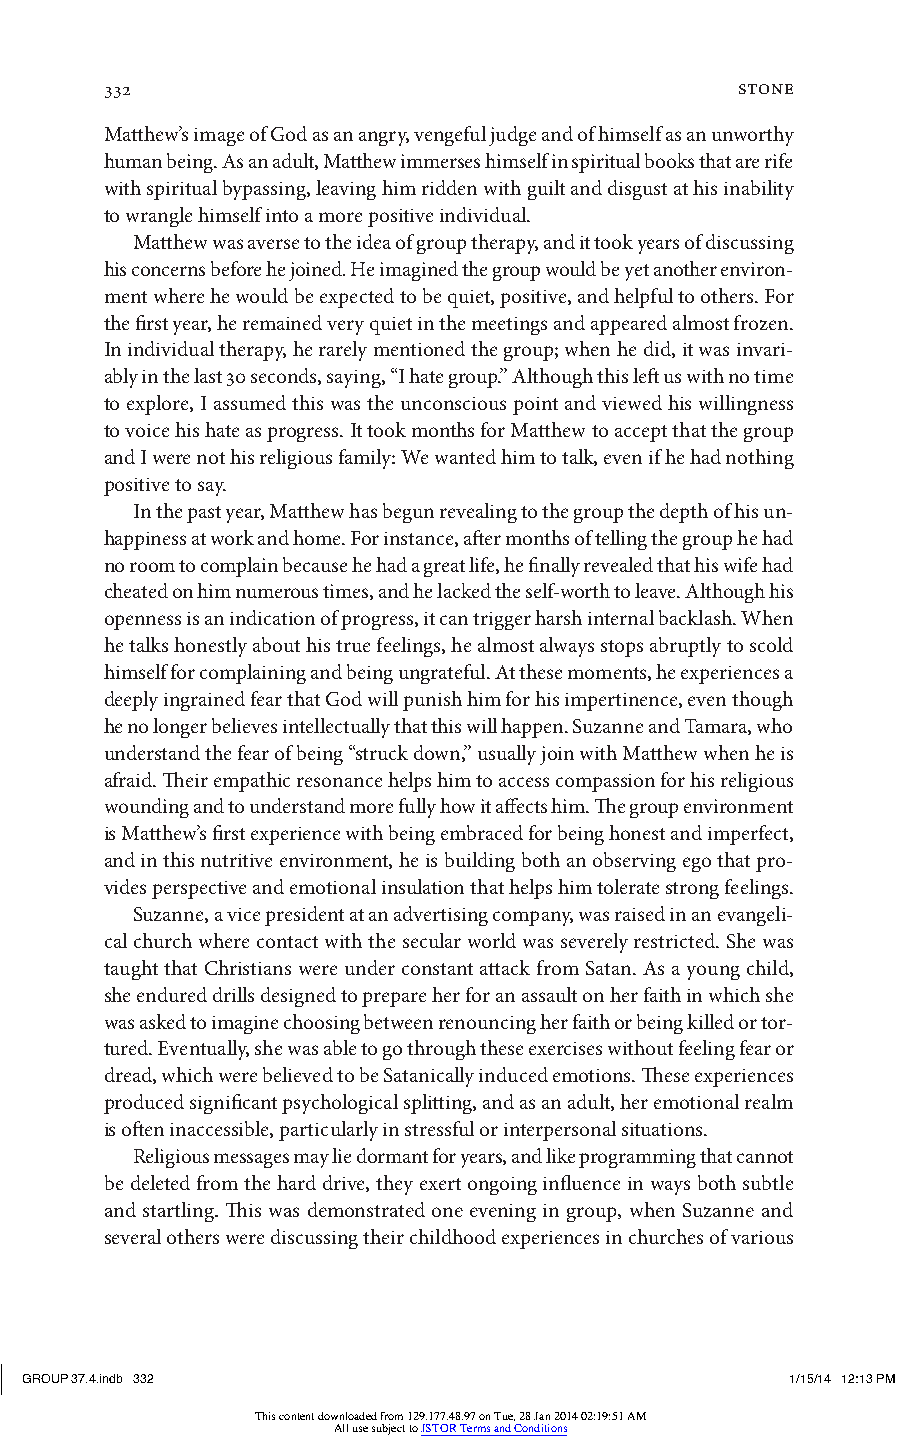
332                                       stone
 Matthew’s image of God as an angry, vengeful judge and of himself as an unworthy
 human being. As an adult, Matthew immerses himself in spiritual books that are rife
 with spiritual bypassing, leaving him ridden with guilt and disgust at his inability
 to wrangle himself into a more positive individual.
 Matthew was averse to the idea of group therapy, and it took years of discussing
 his concerns before he joined. He imagined the group would be yet another environ-
 ment where he would be expected to be quiet, positive, and helpful to others. For
 the first year, he remained very quiet in the meetings and appeared almost frozen.
 In individual therapy, he rarely mentioned the group; when he did, it was invari-
 ably in the last 30 seconds, saying, “I hate group.” Although this left us with no time
 to explore, I assumed this was the unconscious point and viewed his willingness
 to voice his hate as progress. It took months for Matthew to accept that the group
 and I were not his religious family: We wanted him to talk, even if he had nothing
 positive to say.
 In the past year, Matthew has begun revealing to the group the depth of his un-
 happiness at work and home. For instance, after months of telling the group he had
 no room to complain because he had a great life, he finally revealed that his wife had
 cheated on him numerous times, and he lacked the self-worth to leave. Although his
 openness is an indication of progress, it can trigger harsh internal backlash. When
 he talks honestly about his true feelings, he almost always stops abruptly to scold
 himself for complaining and being ungrateful. At these moments, he experiences a
 deeply ingrained fear that God will punish him for his impertinence, even though
 he no longer believes intellectually that this will happen. Suzanne and Tamara, who
 understand the fear of being “struck down,” usually join with Matthew when he is
 afraid. Their empathic resonance helps him to access compassion for his religious
 wounding and to understand more fully how it affects him. The group environment
 is Matthew’s first experience with being embraced for being honest and imperfect,
 and in this nutritive environment, he is building both an observing ego that pro-
 vides perspective and emotional insulation that helps him tolerate strong feelings.
 Suzanne, a vice president at an advertising company, was raised in an evangeli-
 cal church where contact with the secular world was severely restricted. She was
 taught that Christians were under constant attack from Satan. As a young child,
 she endured drills designed to prepare her for an assault on her faith in which she
 was asked to imagine choosing between renouncing her faith or being killed or tor-
 tured. Eventually, she was able to go through these exercises without feeling fear or
 dread, which were believed to be Satanically induced emotions. These experiences
 produced significant psychological splitting, and as an adult, her emotional realm
 is often inaccessible, particularly in stressful or interpersonal situations.
 Religious messages may lie dormant for years, and like programming that cannot
 be deleted from the hard drive, they exert ongoing influence in ways both subtle
 and startling. This was demonstrated one evening in group, when Suzanne and
 several others were discussing their childhood experiences in churches of various
 GROUP 37.4.indb 332                                1/15/14 12:13 PM
 This content downloaded from 129.177.48.97 on Tue, 28 Jan 2014 02:19:51 AM
 All use subject to JSTOR Terms and Conditions